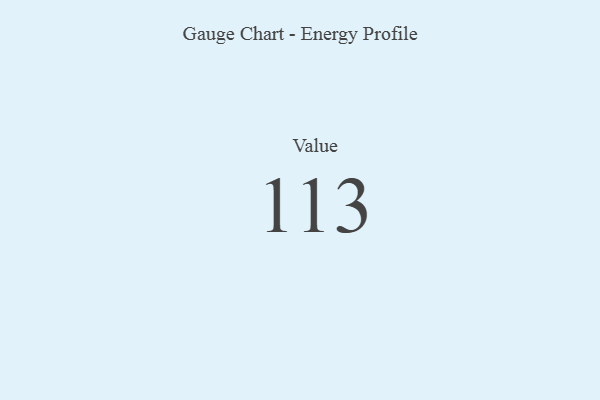
{"axis": {"x": "Metric", "y": "Value"}, "legend": [""], "data": [{"x": "Value", "y": 113, "type": ""}]}